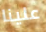
علينا